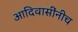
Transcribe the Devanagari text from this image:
आदिवासींनीच